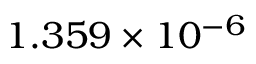
1 . 3 5 9 \times 1 0 ^ { - 6 }